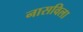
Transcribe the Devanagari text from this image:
नासविला